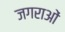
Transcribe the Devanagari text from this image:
जगराओं